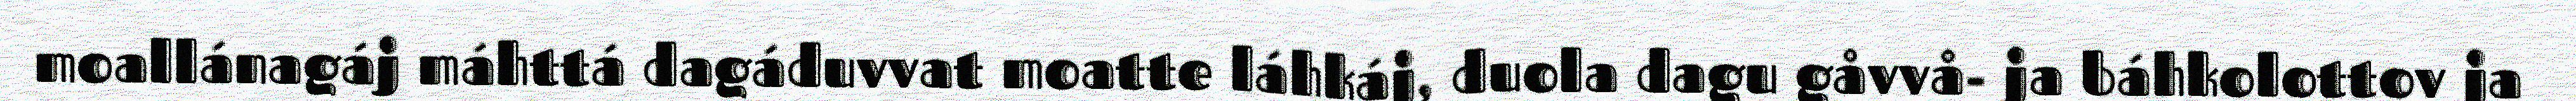
moallánagáj máhttá dagáduvvat moatte láhkáj, duola dagu gåvvå- ja báhkolottov ja